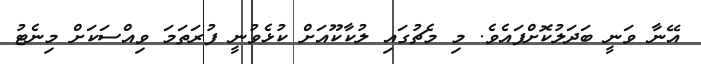
އޭނާ ވަނީ ބަދަލުކޮށްފައެވެ. މި މެޗުގައި ލުކާކޫއަށް ކުޅެވުނީ ފުރަތަމަ ވިއްސަކަށް މިނެޓު